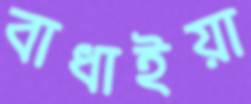
বাধাইয়া